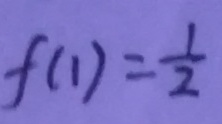
f ( 1 ) = \frac { 1 } { 2 }